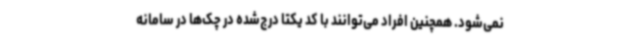
نمی‌شود. همچنین افراد می‌توانند با کد یکتا درج‌شده در چک‌ها در سامانه